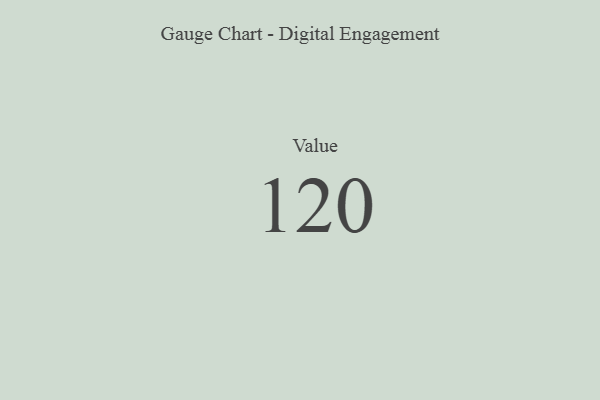
{"axis": {"x": "Metric", "y": "Value"}, "legend": [""], "data": [{"x": "Value", "y": 120, "type": ""}]}